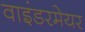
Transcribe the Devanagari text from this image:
वाइंडरमेयर